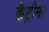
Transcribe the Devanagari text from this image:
कैट्रीना